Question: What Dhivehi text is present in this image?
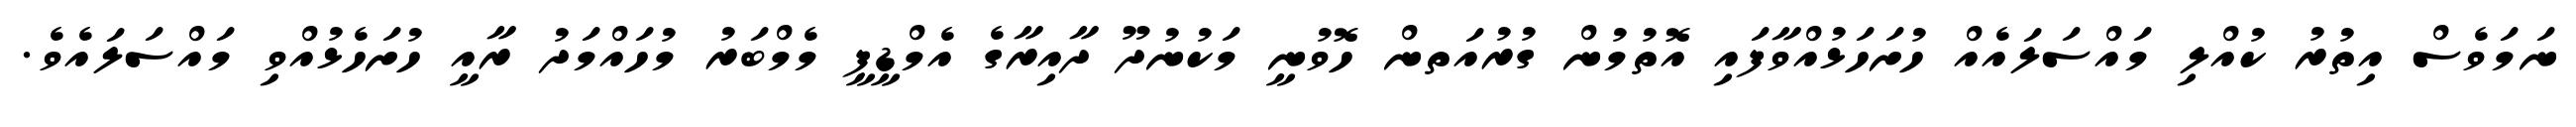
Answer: ނަމަވެސް އިތުރު ކުއްލި މައްސަލައެއް ހުށަހަޅުއްވާފައި އޮތުމުން ގުރުއަތން ހޮވުނީ މަކުނުދޫ ދާއިރާގެ އެމްޑީޕީ މެމްބަރު މުހައްމަދު ރާއީ ހުށަހެޅުއްވި މައްސަލައެވެ.